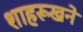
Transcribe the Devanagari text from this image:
शाहरूखने